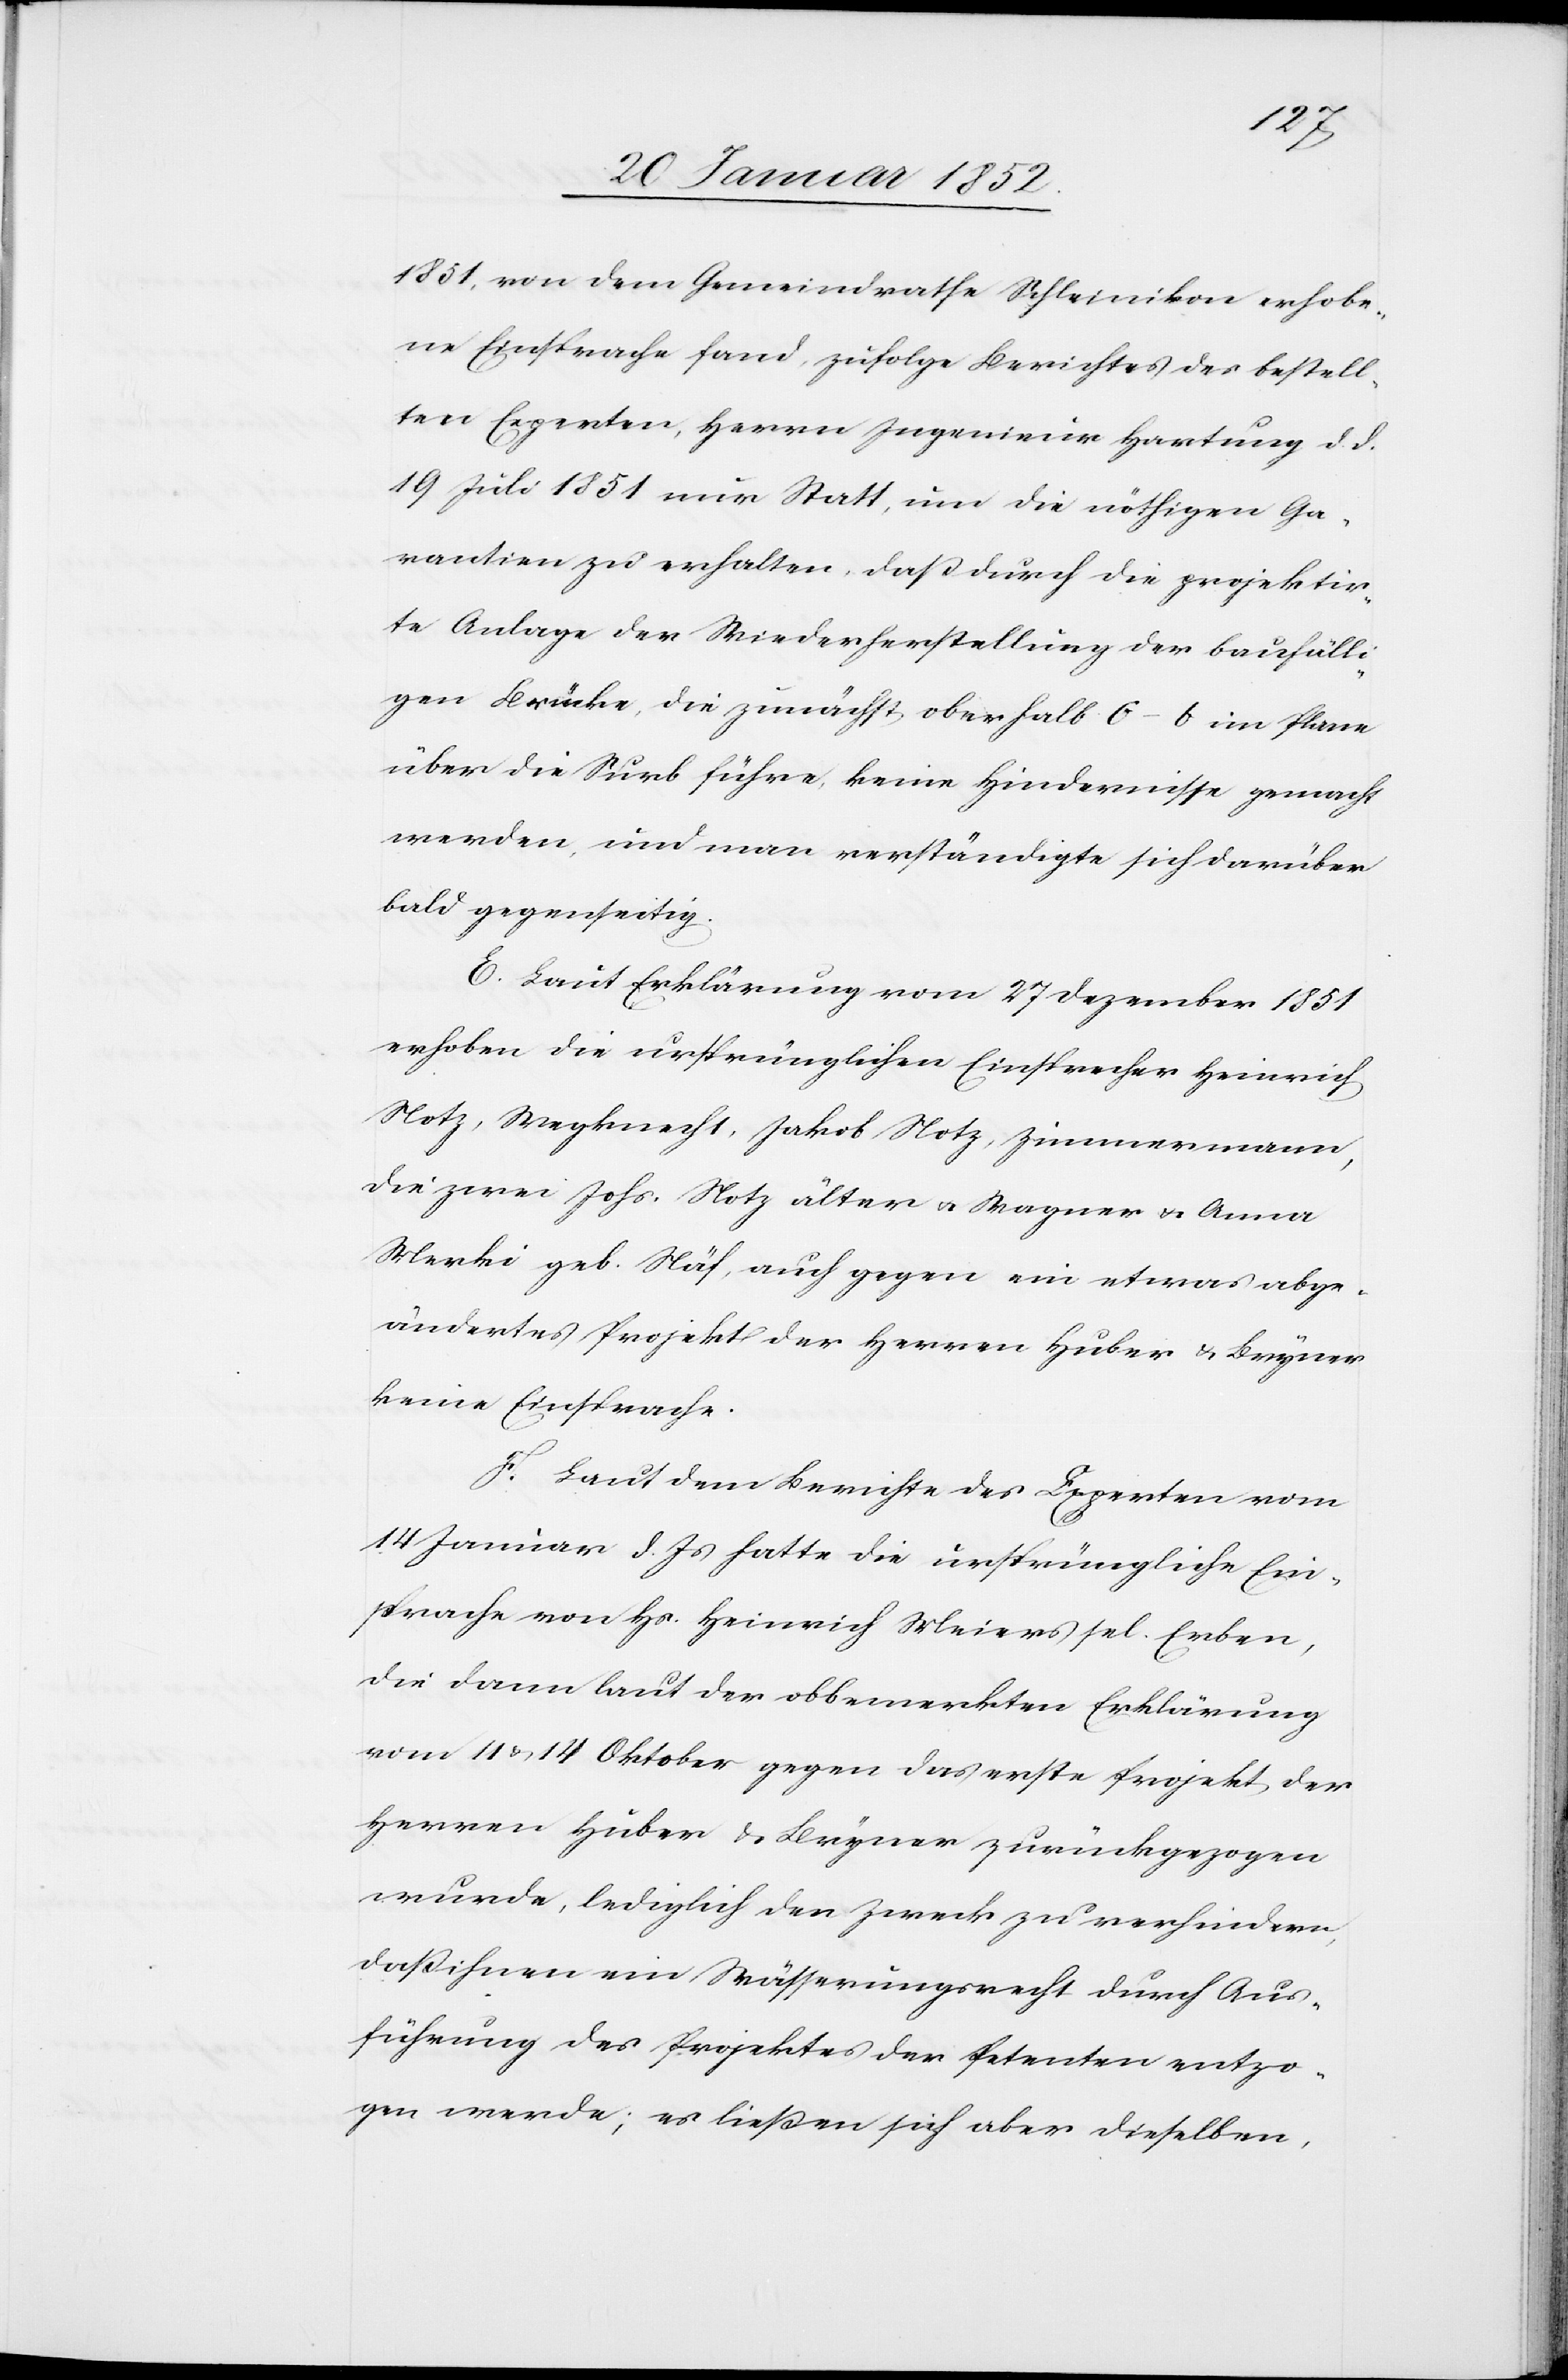
1851, von dem Gemeindrathe Schleinikon erhobe¬
ne Einsprache fand, zufolge Berichtes des bestell¬
ten Experten, Herrn Ingenieur Hartung d. d.
19 Juli 1851 nie Statt, um die nöthigen Ga¬
rantien zu erhalten, daß durch die projektir¬
te Anlage der Wiederherstellung der baufälli¬
gen Brücke, die zunächst oberhalb G – b im Plane
über die Surb führe, keine Hindernisse gemacht
werden, und man verständigte sich darüber
bald gegenseitig.
E. Laut Erklärung vom 27 Dezember 1851
erhoben die ursprünglichen Einsprecher Heinrich
Notz, Wegknecht, Jakob Notz, Zimmermann,
die zwei Johs. Notz älter u. Wagner u. Anna
Merki geb. Näf, auch gegen ein etwas abge¬
ändertes Projekt der Herren Huber u. Bryner
keine Einsprache.
F. Laut dem Berichte des Experten vom
14 Januar d. Js hatte die ursprüngliche Ein¬
sprache von Hs. Heinrich Meiers sel. Erben,
die dann laut der obbemerkten Erklärung
vom 11 u. 14 Oktober gegen das erste Projekt der
Herren Huber u. Bryner zurückgezogen
wurde, lediglich den Zweck zu verhindern,
daß ihnen ein Wässerungsrecht durch Aus¬
führung des Projektes der Petenten entzo¬
gen werde; es ließen sich aber dieselben